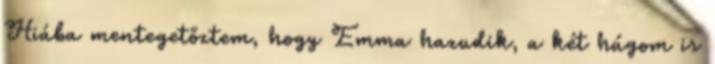
Hiába mentegetőztem, hogy Emma hazudik, a két húgom is